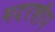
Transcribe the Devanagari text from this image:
मदरशीप